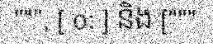
""", [ o: ] និង ["""